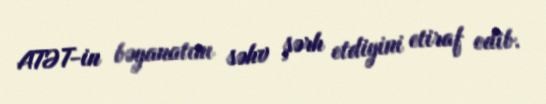
ATƏT-in bəyanatını səhv şərh etdiyini etiraf edib.